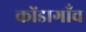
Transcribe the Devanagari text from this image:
कोंडागाँव